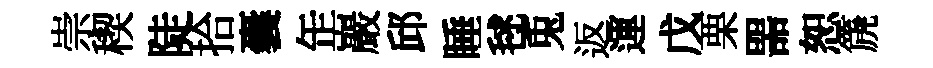
崇稧陡拾囊𦈢巖邱睡毬兎返運戊栗噐恕篪